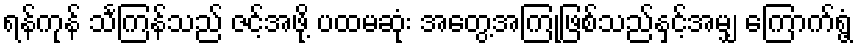
ရန်ကုန် သင်္ကြန်သည် ဇင့်အဖို့ ပထမဆုံး အတွေ့အကြုံဖြစ်သည်နှင့်အမျှ ကြောက်ရွံ့